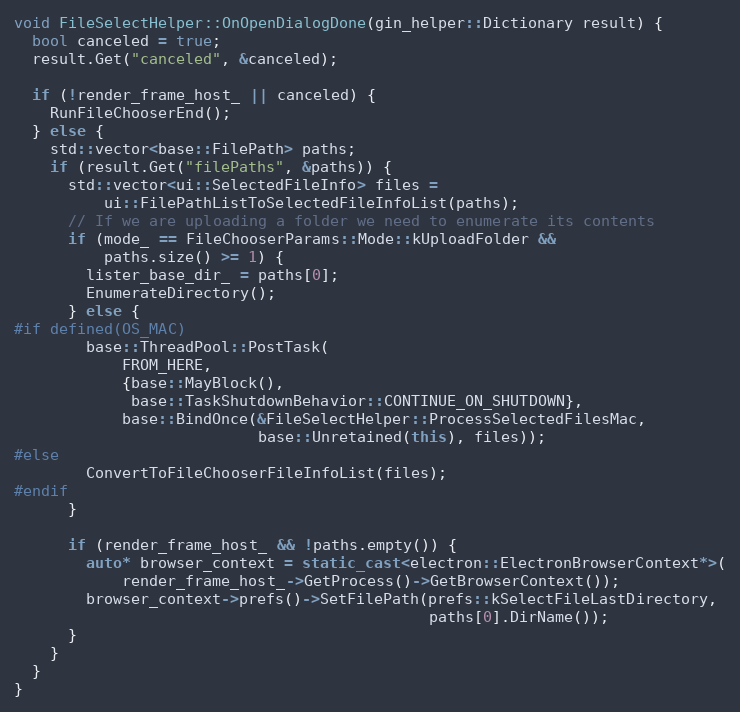
Language: C++
void FileSelectHelper::OnOpenDialogDone(gin_helper::Dictionary result) {
  bool canceled = true;
  result.Get("canceled", &canceled);

  if (!render_frame_host_ || canceled) {
    RunFileChooserEnd();
  } else {
    std::vector<base::FilePath> paths;
    if (result.Get("filePaths", &paths)) {
      std::vector<ui::SelectedFileInfo> files =
          ui::FilePathListToSelectedFileInfoList(paths);
      // If we are uploading a folder we need to enumerate its contents
      if (mode_ == FileChooserParams::Mode::kUploadFolder &&
          paths.size() >= 1) {
        lister_base_dir_ = paths[0];
        EnumerateDirectory();
      } else {
#if defined(OS_MAC)
        base::ThreadPool::PostTask(
            FROM_HERE,
            {base::MayBlock(),
             base::TaskShutdownBehavior::CONTINUE_ON_SHUTDOWN},
            base::BindOnce(&FileSelectHelper::ProcessSelectedFilesMac,
                           base::Unretained(this), files));
#else
        ConvertToFileChooserFileInfoList(files);
#endif
      }

      if (render_frame_host_ && !paths.empty()) {
        auto* browser_context = static_cast<electron::ElectronBrowserContext*>(
            render_frame_host_->GetProcess()->GetBrowserContext());
        browser_context->prefs()->SetFilePath(prefs::kSelectFileLastDirectory,
                                              paths[0].DirName());
      }
    }
  }
}